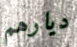
ديارهم